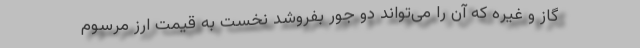
گاز و غیره که آن را می‌تواند دو جور بفروشد نخست به قیمت ارز مرسوم